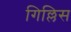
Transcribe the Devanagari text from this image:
गिल्लिस